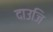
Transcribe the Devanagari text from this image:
दाउजि